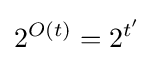
2^{O(t)}=2^{t'}